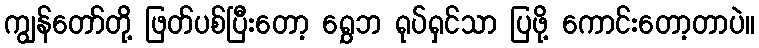
ကျွန်တော်တို့ ဖြတ်ပစ်ပြီးတော့ ရွှေဘ ရုပ်ရှင်သာ ပြဖို့ ကောင်းတော့တာပဲ။